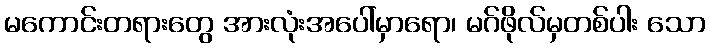
မကောင်းတရားတွေ အားလုံးအပေါ်မှာရော၊ မဂ်ဖိုလ်မှတစ်ပါး သော